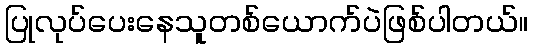
ပြုလုပ်ပေးနေသူတစ်ယောက်ပဲဖြစ်ပါတယ်။